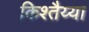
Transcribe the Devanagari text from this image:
किश्तैय्या